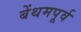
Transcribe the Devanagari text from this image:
बेंथमपूर्व